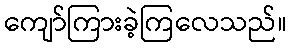
ကျော်ကြားခဲ့ကြလေသည်။